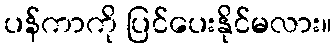
ပန်ကာကို ပြင်ပေးနိုင်မလား။